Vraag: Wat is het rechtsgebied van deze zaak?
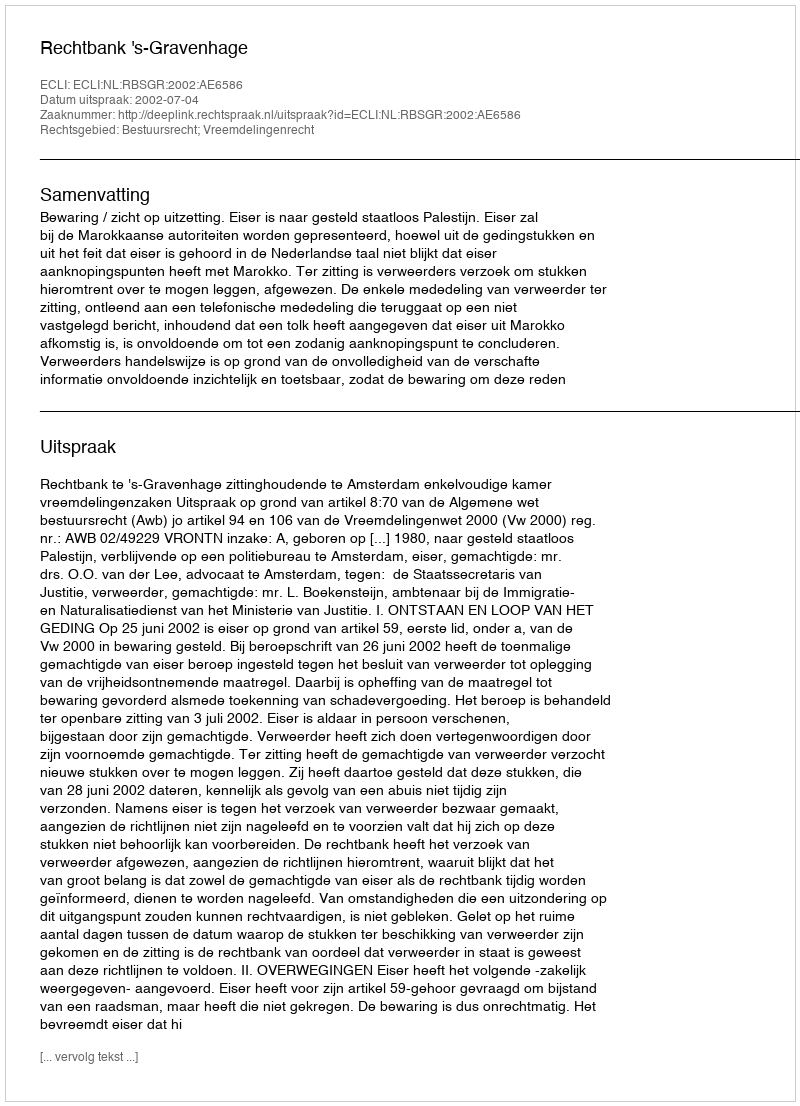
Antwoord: Bestuursrecht; Vreemdelingenrecht